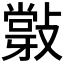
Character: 𢿦